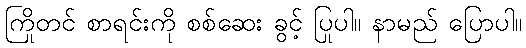
ကြိုတင် စာရင်းကို စစ်ဆေး ခွင့် ပြုပါ။ နာမည် ပြောပါ။